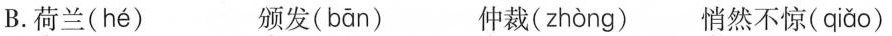
B. 荷兰( hé ) 颁发( bān ) 仲裁( zhòng ) 悄然不惊( qiǎo )